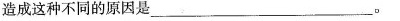
造成这种不同的原因是______________。